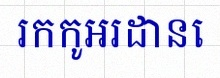
រកកូអរដោនេ